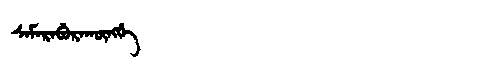
Manchu: ᠰᠠᠮᠠᡵᠠᠪᡠᡵᠠᡴᡡᠩᡤᡝ
Romanization: SAMARABURAKŪNGGE